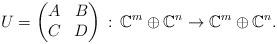
LaTeX: \begin{align*}U=\begin{pmatrix}A & B \\C & D\end{pmatrix}\,:\, \mathbb C^m \oplus \mathbb C^n \rightarrow \mathbb C^m \oplus \mathbb C^n.\end{align*}